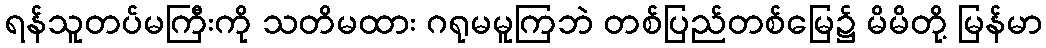
ရန်သူတပ်မကြီးကို သတိမထား ဂရုမမူကြဘဲ တစ်ပြည်တစ်မြေ၌ မိမိတို့ မြန်မာ